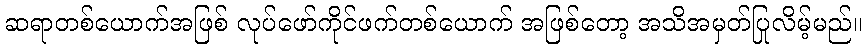
ဆရာတစ်ယောက်အဖြစ် လုပ်ဖော်ကိုင်ဖက်တစ်ယောက် အဖြစ်တော့ အသိအမှတ်ပြုလိမ့်မည်။